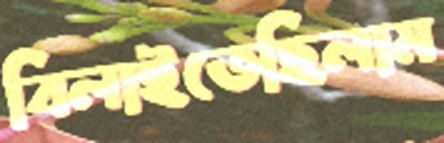
বিলাইতেছিলাম